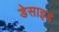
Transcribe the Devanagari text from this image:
डेसाइड